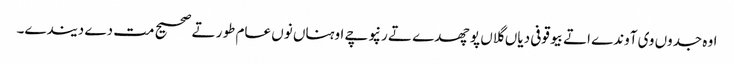
اوہ جدوں وی آوندے اتے بیوقوفی دیاں گلاں پوچھدے تے رنپوچے اوہناں نوں عام طور تے صحیح مت دے دیندے۔